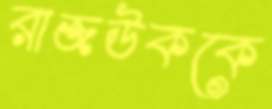
রাজউককে